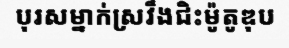
បុរសម្នាក់ស្រវឹងជិះម៉ូតូឌុប